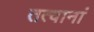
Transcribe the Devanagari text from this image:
तत्वानां